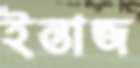
ইন্তাজ